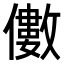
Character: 𠐍